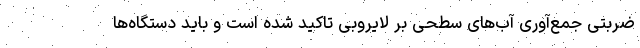
ضربتی جمع‌آوری آب‌های سطحی بر لایروبی تاکید شده است و باید دستگاه‌ها